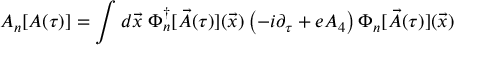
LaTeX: { \cal A } _ { n } [ A ( \tau ) ] = \int d { \vec { x } } \; \Phi _ { n } ^ { \dagger } [ { \vec { A } } ( \tau ) ] ( { \vec { x } } ) \left( - i \partial _ { \tau } + e A _ { 4 } \right) \Phi _ { n } [ { \vec { A } } ( \tau ) ] ( { \vec { x } } )